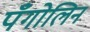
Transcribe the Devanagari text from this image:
पँगोलिन